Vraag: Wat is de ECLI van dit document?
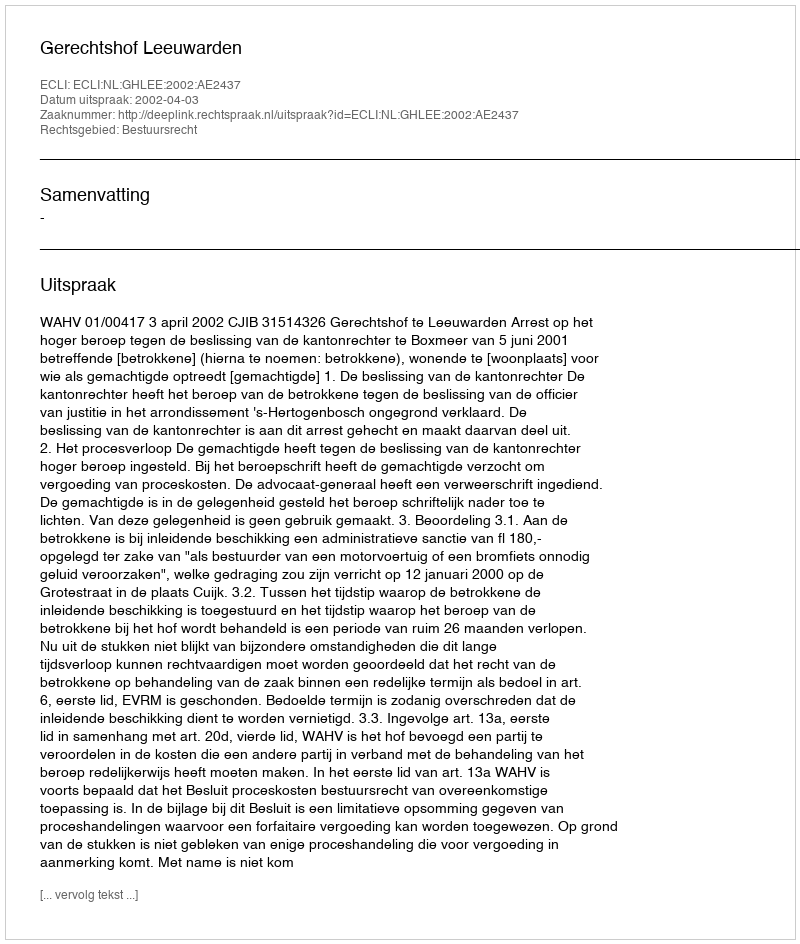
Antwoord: ECLI:NL:GHLEE:2002:AE2437